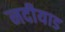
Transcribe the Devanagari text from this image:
नदीयाड